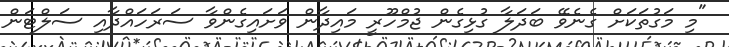
"މި މަގުތަކަށް ގެނެވޭ ބަދަލާ ގުޅިގެން ޖުމްހޫރީ މައިދާން ވަށައިގެންވާ ސަރަހައްދާއި ސަލްޓަން